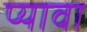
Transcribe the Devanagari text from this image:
प्यावा